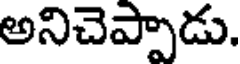
అనిచెప్పాడు.